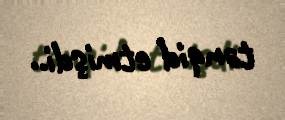
tənqid etmişdi..